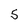
Character: 5